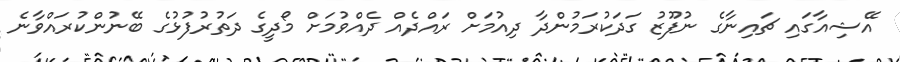
އޭޝިއާގައި ޗައިނާގެ ނުފޫޒު ގަދަކުރަމުންދާ ދިއުމަށް ރައްދެއް ދެއްވުމަށް މޯދީގެ ދަތުރުފުޅުގެ ބޭނުންކުރައްވާނެ